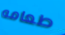
طعامه